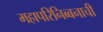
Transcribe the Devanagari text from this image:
महापरिनिब्बनाची